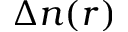
\Delta n ( r )